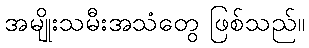
အမျိုးသမီးအသံတွေ ဖြစ်သည်။